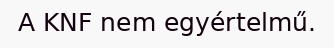
A KNF nem egyértelmű.